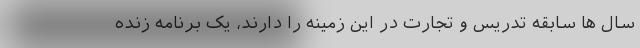
سال ها سابقه تدریس و تجارت در این زمینه را دارند، یک برنامه زنده